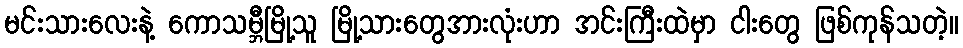
မင်းသားလေးနဲ့ ကောသမ္ဘီမြို့သူ မြို့သားတွေအားလုံးဟာ အင်းကြီးထဲမှာ ငါးတွေ ဖြစ်ကုန်သတဲ့။